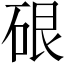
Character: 硍